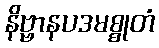
နိဗ္ဗာနပဒမစ္စုတံ